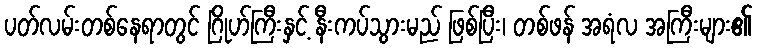
ပတ်လမ်းတစ်နေရာတွင် ဂြိုဟ်ကြီးနှင့် နီးကပ်သွားမည် ဖြစ်ပြီး၊ တစ်ဖန် အရံလ အကြီးများ၏